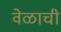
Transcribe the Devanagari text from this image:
वेळाची